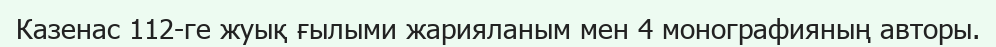
Казенас 112-ге жуық ғылыми жарияланым мен 4 монографияның авторы.